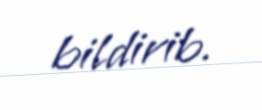
bildirib.